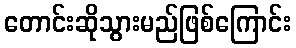
တောင်းဆိုသွားမည်ဖြစ်ကြောင်း